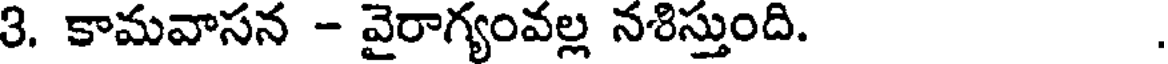
3. కామవాసన - వైరాగ్యంవల్ల నశిస్తుంది.